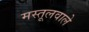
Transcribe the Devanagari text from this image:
मस्तूलवाले